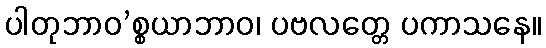
ပါတုဘာဝ’စ္စယာဘာဝ၊ ပဗလတ္တေ ပကာသနေ။